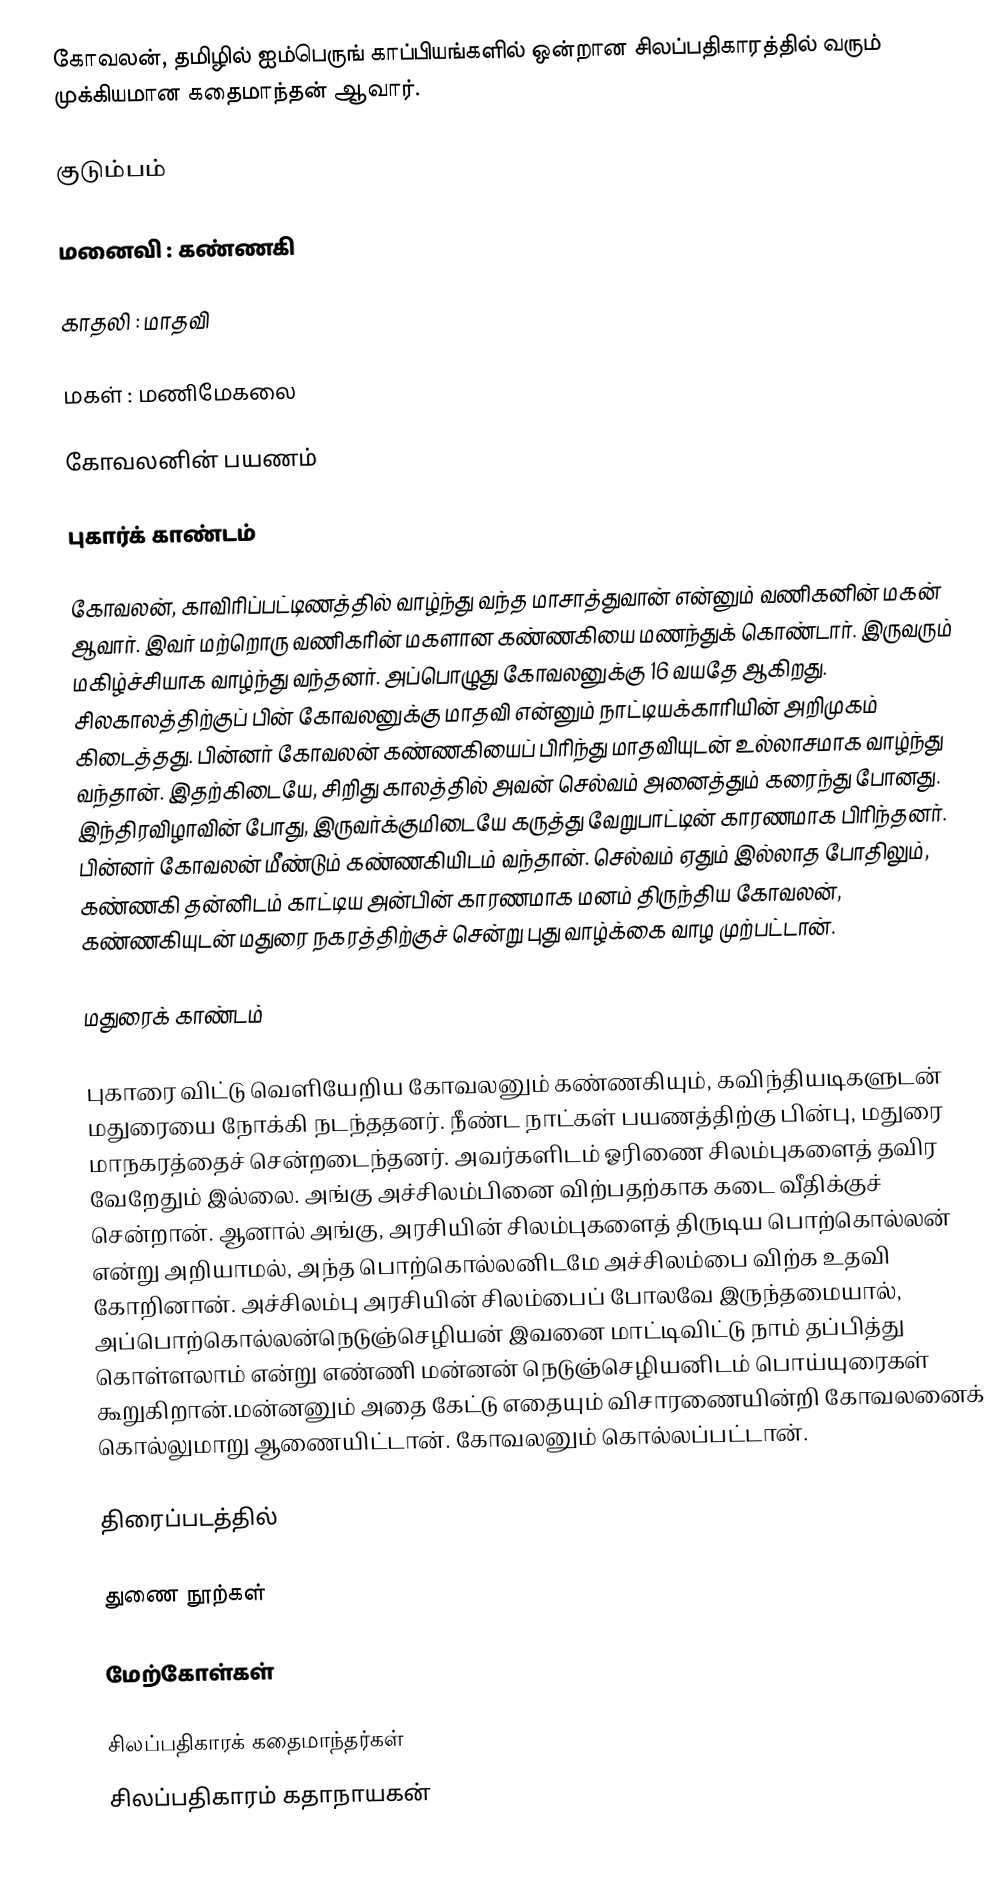
கோவலன், தமிழில் ஐம்பெருங் காப்பியங்களில் ஒன்றான சிலப்பதிகாரத்தில் வரும் முக்கியமான கதைமாந்தன் ஆவார்.

குடும்பம்

மனைவி : கண்ணகி

காதலி : மாதவி

மகள் : மணிமேகலை

கோவலனின் பயணம்

புகார்க் காண்டம்

கோவலன், காவிரிப்பட்டிணத்தில் வாழ்ந்து வந்த மாசாத்துவான் என்னும் வணிகனின் மகன் ஆவார். இவர் மற்றொரு வணிகரின்  மகளான கண்ணகியை மணந்துக் கொண்டார். இருவரும் மகிழ்ச்சியாக வாழ்ந்து வந்தனர். அப்பொழுது கோவலனுக்கு 16 வயதே ஆகிறது. சிலகாலத்திற்குப் பின் கோவலனுக்கு மாதவி என்னும் நாட்டியக்காரியின் அறிமுகம் கிடைத்தது. பின்னர் கோவலன் கண்ணகியைப் பிரிந்து மாதவியுடன் உல்லாசமாக வாழ்ந்து வந்தான். இதற்கிடையே, சிறிது காலத்தில் அவன் செல்வம் அனைத்தும் கரைந்து போனது. இந்திரவிழாவின் போது, இருவர்க்குமிடையே கருத்து வேறுபாட்டின் காரணமாக பிரிந்தனர். பின்னர்  கோவலன் மீண்டும் கண்ணகியிடம் வந்தான். செல்வம் ஏதும் இல்லாத போதிலும், கண்ணகி தன்னிடம் காட்டிய அன்பின் காரணமாக மனம் திருந்திய கோவலன், கண்ணகியுடன் மதுரை நகரத்திற்குச் சென்று புது வாழ்க்கை வாழ முற்பட்டான்.

மதுரைக் காண்டம்

புகாரை விட்டு வெளியேறிய கோவலனும் கண்ணகியும், கவிந்தியடிகளுடன் மதுரையை நோக்கி நடந்ததனர். நீண்ட நாட்கள் பயணத்திற்கு பின்பு, மதுரை மாநகரத்தைச் சென்றடைந்தனர். அவர்களிடம் ஓரிணை சிலம்புகளைத் தவிர வேறேதும் இல்லை. அங்கு அச்சிலம்பினை விற்பதற்காக கடை வீதிக்குச் சென்றான். ஆனால் அங்கு, அரசியின் சிலம்புகளைத் திருடிய பொற்கொல்லன் என்று அறியாமல், அந்த பொற்கொல்லனிடமே அச்சிலம்பை விற்க உதவி கோறினான். அச்சிலம்பு அரசியின் சிலம்பைப் போலவே இருந்தமையால், அப்பொற்கொல்லன்நெடுஞ்செழியன் இவனை மாட்டிவிட்டு நாம் தப்பித்து கொள்ளலாம் என்று எண்ணி மன்னன் நெடுஞ்செழியனிடம்   பொய்யுரைகள் கூறுகிறான்.மன்னனும் அதை கேட்டு எதையும்  விசாரணையின்றி கோவலனைக் கொல்லுமாறு ஆணையிட்டான். கோவலனும் கொல்லப்பட்டான்.

திரைப்படத்தில்

துணை நூற்கள்

மேற்கோள்கள்

சிலப்பதிகாரக் கதைமாந்தர்கள்
சிலப்பதிகாரம் கதாநாயகன்